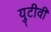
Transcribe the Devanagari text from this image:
युटीवी